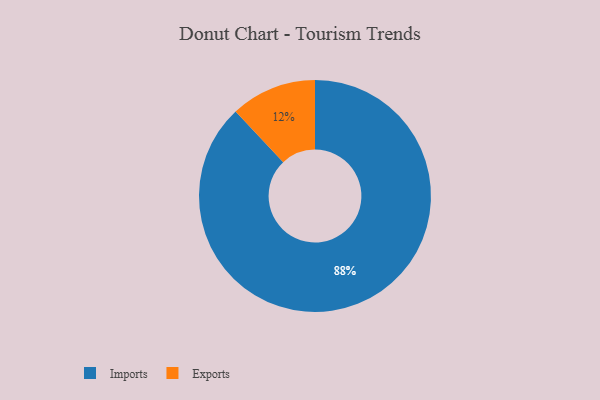
{"axis": {"x": "Category", "y": "Percentage"}, "legend": ["Exports", "Imports"], "data": [{"x": "Imports", "y": 88, "type": "Imports"}, {"x": "Exports", "y": 12, "type": "Exports"}]}